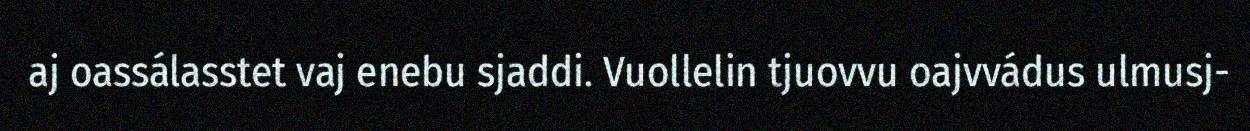
aj oassálasstet vaj enebu sjaddi. Vuollelin tjuovvu oajvvádus ulmusj-